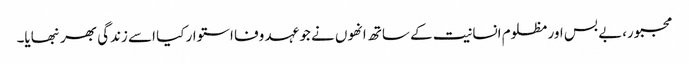
مجبور،بے بس اور مظلوم انسانیت کے ساتھ انھوں نے جو عہد وفا استوار کیا اسے زندگی بھر نبھایا۔